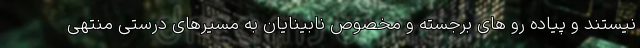
نیستند و پیاده رو های برجسته و مخصوص نابینایان به مسیرهای درستی منتهی